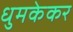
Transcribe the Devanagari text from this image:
धुमकेकर